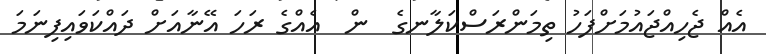
އެއް ޖެހިއްޖައުމަށްފަހު ތިމަންރަސްކަލާނގެ  ން  އެއްގެ ރަހަ އޭނާއަށް ދައްކަވައިފިނަމަ